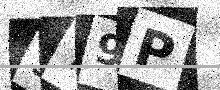
Text: 579P